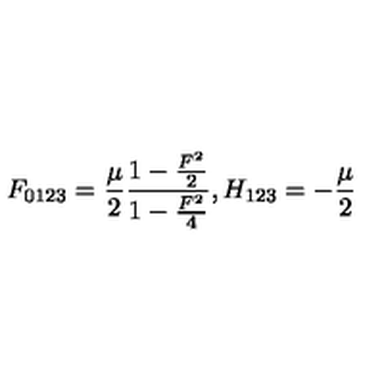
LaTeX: F _ { 0 1 2 3 } = { \frac { \mu } { 2 } } { \frac { 1 - { \frac { F ^ { 2 } } { 2 } } } { 1 - { \frac { F ^ { 2 } } { 4 } } } } , H _ { 1 2 3 } = - { \frac { \mu } { 2 } }